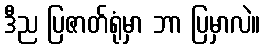
ဒီည ပြဇာတ်ရုံမှာ ဘာ ပြမှာလဲ။